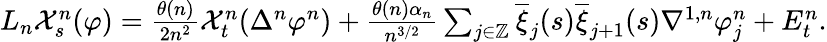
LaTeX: \begin{array}{r}{L_{n}\mathcal{X}_{s}^{n}(\varphi)=\frac{\theta(n)}{2n^{2}}\mathcal{X}_{t}^{n}(\Delta^{n}\varphi^{n})+\frac{\theta(n)\alpha_{n}}{n^{3/2}}\sum_{j\in\mathbb{Z}}\overline{{\xi}}_{j}(s)\overline{{\xi}}_{j+1}(s)\nabla^{1,n}\varphi_{j}^{n}+E_{t}^{n}.}\end{array}